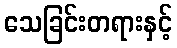
သေခြင်းတရားနှင့်